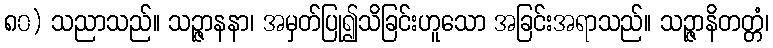
၈၀) သညာသည်။ သဉ္ဇာနနာ၊ အမှတ်ပြု၍သိခြင်းဟူသော အခြင်းအရာသည်။ သဉ္ဇာနိတတ္တံ၊